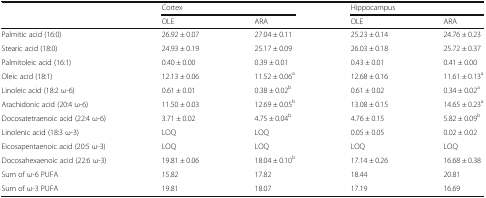
<table><thead><tr><td></td><td colspan="2"><b>Cortex</b></td><td colspan="2"><b>Hippocampus</b></td></tr><tr><td></td><td><b>OLE</b></td><td><b>ARA</b></td><td><b>OLE</b></td><td><b>ARA</b></td></tr></thead><tbody><tr><td>Palmitic acid (16:0)</td><td>26.92 ± 0.07</td><td>27.04 ± 0.11</td><td>25.23 ± 0.14</td><td>24.76 ± 0.23</td></tr><tr><td>Stearic acid (18:0)</td><td>24.93 ± 0.19</td><td>25.17 ± 0.09</td><td>26.03 ± 0.18</td><td>25.72 ± 0.37</td></tr><tr><td>Palmitoleic acid (16:1)</td><td>0.40 ± 0.00</td><td>0.39 ± 0.01</td><td>0.43 ± 0.01</td><td>0.41 ± 0.00</td></tr><tr><td>Oleic acid (18:1)</td><td>12.13 ± 0.06</td><td>11.52 ± 0.06<sup>a</sup></td><td>12.68 ± 0.16</td><td>11.61 ± 0.13<sup>a</sup></td></tr><tr><td>Linoleic acid (18:2 ω-6)</td><td>0.61 ± 0.01</td><td>0.38 ± 0.02<sup>b</sup></td><td>0.61 ± 0.02</td><td>0.34 ± 0.02<sup>a</sup></td></tr><tr><td>Arachidonic acid (20:4 ω-6)</td><td>11.50 ± 0.03</td><td>12.69 ± 0.05<sup>b</sup></td><td>13.08 ± 0.15</td><td>14.65 ± 0.23<sup>a</sup></td></tr><tr><td>Docosatetraenoic acid (22:4 ω-6)</td><td>3.71 ± 0.02</td><td>4.75 ± 0.04<sup>b</sup></td><td>4.76 ± 0.15</td><td>5.82 ± 0.09<sup>b</sup></td></tr><tr><td>Linolenic acid (18:3 ω-3)</td><td>LOQ</td><td>LOQ</td><td>0.05 ± 0.05</td><td>0.02 ± 0.02</td></tr><tr><td>Eicosapentaenoic acid (20:5 ω-3)</td><td>LOQ</td><td>LOQ</td><td>LOQ</td><td>LOQ</td></tr><tr><td>Docosahexaenoic acid (22:6 ω-3)</td><td>19.81 ± 0.06</td><td>18.04 ± 0.10<sup>b</sup></td><td>17.14 ± 0.26</td><td>16.68 ± 0.38</td></tr><tr><td>Sum of ω-6 PUFA</td><td>15.82</td><td>17.82</td><td>18.44</td><td>20.81</td></tr><tr><td>Sum of ω-3 PUFA</td><td>19.81</td><td>18.07</td><td>17.19</td><td>16.69</td></tr></tbody></table>